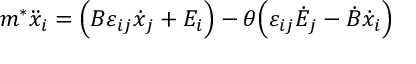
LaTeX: m ^ { * } \ddot { x } _ { i } = \Big ( B \varepsilon _ { i j } \dot { x } _ { j } + E _ { i } \Big ) - \theta \Big ( \varepsilon _ { i j } \dot { E } _ { j } - \dot { B } \dot { x } _ { i } \Big )